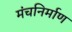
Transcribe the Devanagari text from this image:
मंचनिर्माण